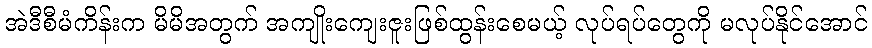
အဲဒီစီမံကိန်းက မိမိအတွက် အကျိုးကျေးဇူးဖြစ်ထွန်းစေမယ့် လုပ်ရပ်တွေကို မလုပ်နိုင်အောင်